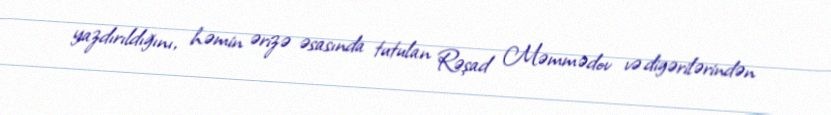
yazdırıldığını, həmin ərizə əsasında tutulan Rəşad Məmmədov və digərilərindən